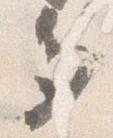
多